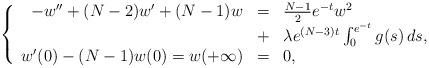
LaTeX: \begin{align*}\left\{ \begin{array}{rcl}-w'' + (N-2)w' + (N-1)w &=& \frac{N-1}{2} e^{-t} w^2 \\&+& \lambda e^{(N-3)t} \int_0^{e^{-t}} g(s) \, ds, \\w'(0) - (N-1) w(0) = w(+\infty) &=& 0,\end{array}\right.\end{align*}